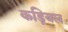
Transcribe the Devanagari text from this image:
कड़ियल